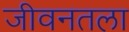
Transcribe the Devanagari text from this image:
जीवनतला